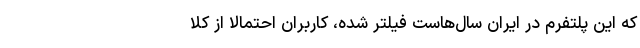
که این پلتفرم در ایران سال‌هاست فیلتر شده، کاربران احتمالا از کلا